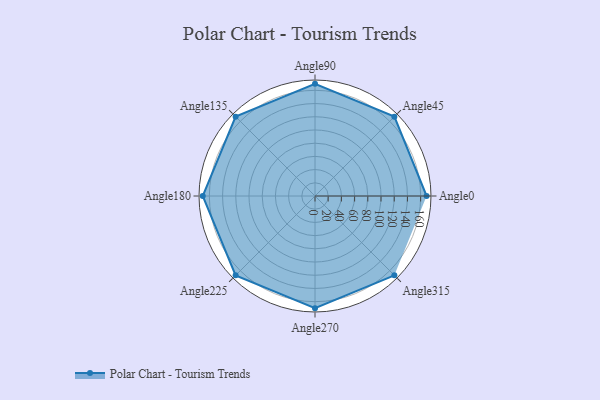
{"axis": {"x": "Angle", "y": "Radius"}, "legend": [""], "data": [{"x": "Angle0", "y": 169.0, "type": ""}, {"x": "Angle45", "y": 170, "type": ""}, {"x": "Angle90", "y": 170, "type": ""}, {"x": "Angle135", "y": 170, "type": ""}, {"x": "Angle180", "y": 170, "type": ""}, {"x": "Angle225", "y": 170, "type": ""}, {"x": "Angle270", "y": 170, "type": ""}, {"x": "Angle315", "y": 170, "type": ""}]}